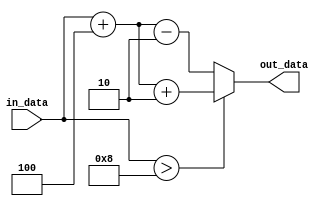
module generate_task(
    input [7:0] in_data,
    output reg [7:0] out_data
);

// internal registers
reg [7:0] internal_reg;

// Behavior of the task
always @(*) begin
    // Perform specific operations or calculations
    internal_reg = in_data + 4;

    // Respond to inputs
    if (in_data > 8) begin
        out_data = internal_reg + 2;
    end else begin
        out_data = internal_reg - 2;
    end
end

endmodule